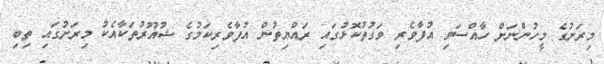
މިރަށުގެ މީހުންނަށް ހާއްސަވި އުފާވެރި ވަގުތުކޮޅުގައި ރައްޔިތުން އުފާވެރިކަމުގެ ޝުއޫރުތަކާއެކު މިރަށުގައި ތިބި